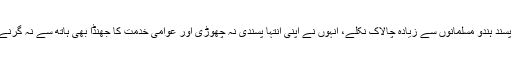
انتہا پسند ہندو مسلمانوں سے زیادہ چالاک نکلے، انہوں نے اپنی انتہا پسندی نہ چھوڑی اور عوامی خدمت کا جھنڈا بھی ہاتھ سے نہ گرنے دیا۔